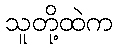
သူတို့ထဲက